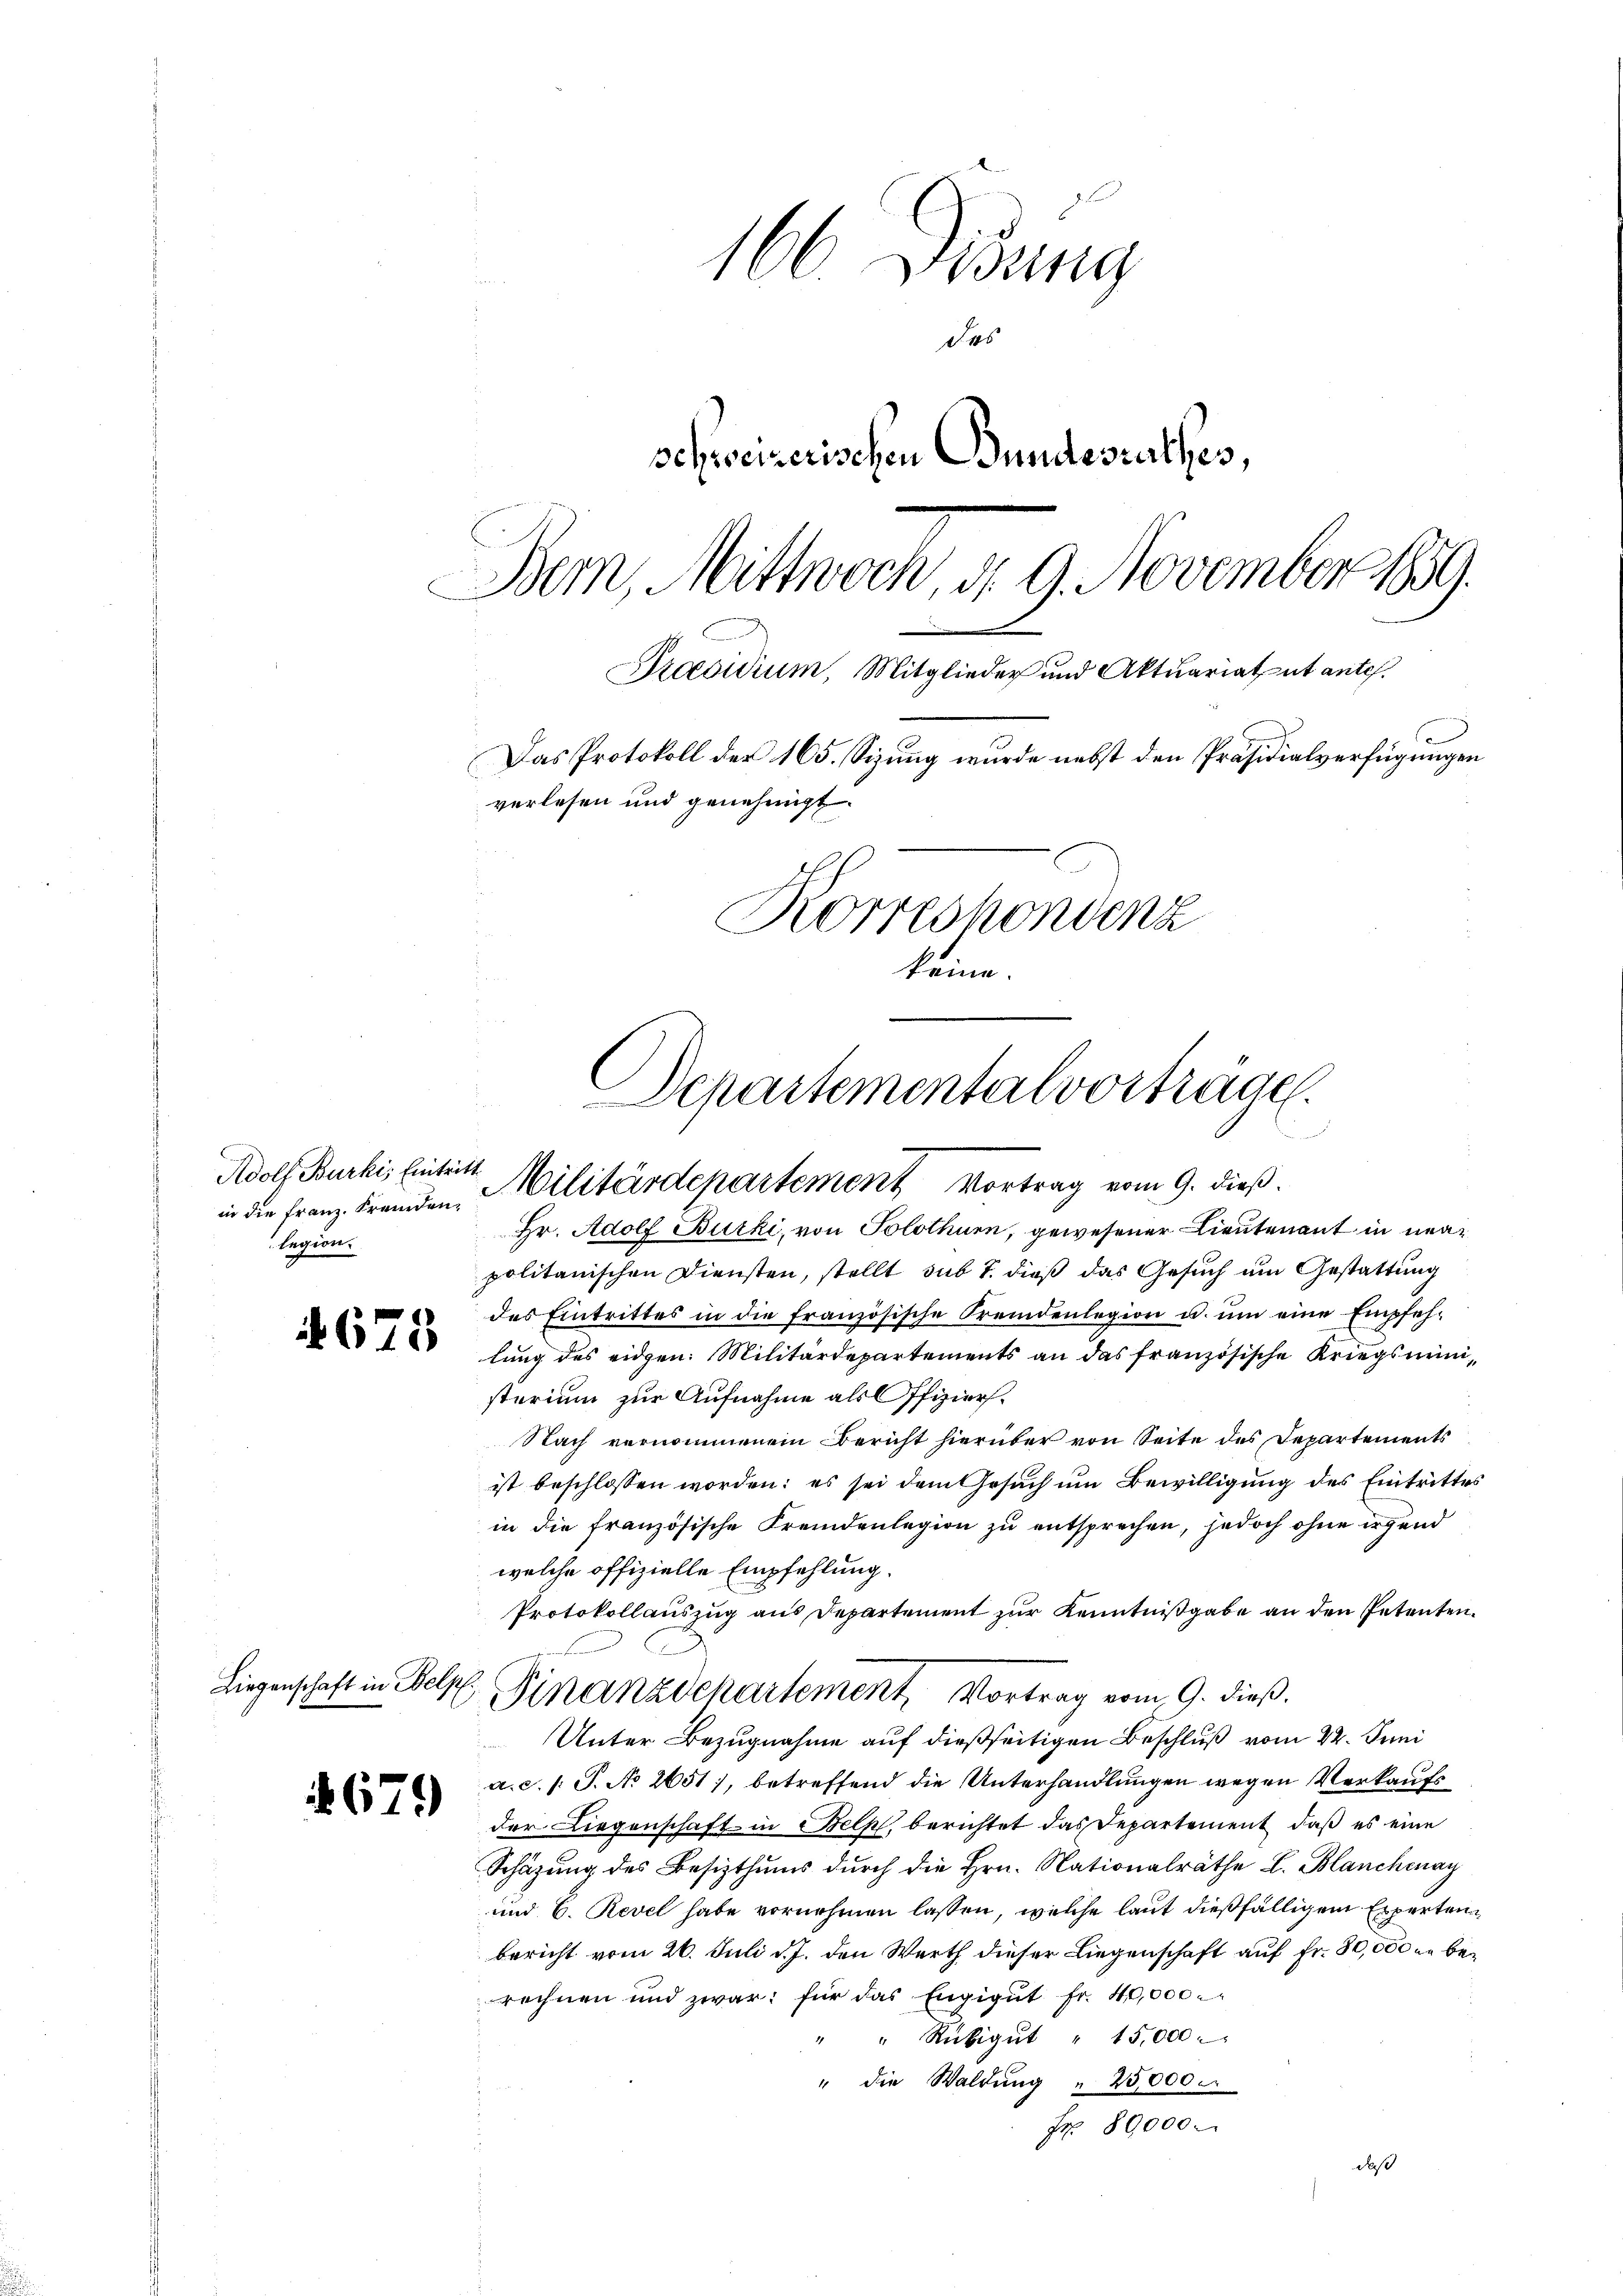
in die Franz. Fremdenlegion.

4675

Liegenschaft in Belp

679

166 Didung
S. 1
schweizerischen Bundesrathes,
Bern, Mittwoch, d. 9. November 1859.
Praesidium, Mitglieder und Aktuariatut ante.
Das Protokoll der 165. Sizung wurde nebst den Präsidialverfügungen
verlesen und genehmigt.
Korreshondenz
keine.

Departemental vorträge.

Adolf Burki, Eintritt. Militärdepartement Vortrag vom 9. dieß.

Hr. Adolf Burki, von Solothurn, gewesener Lieutenant in mapolitanischen Diensten, stellt sub 7. dieß das Gesuch um Gestattung
des Eintrittes in die französische Fremdenlegion u. ŭm eine Empfehlung des eidgen: Militärdepartements an das französische Kriegsministerium zur Aufnahme als Offiziers.
Nach vernommenem Bericht hierüber von Seite des Departements
ist beschlossen worden: es sei dem Gesuch um Bewilligung des Eintrittes
in die französische Fremdenlegion zu entsprechen, jedoch ohne irgend
welche offizielle Empfehlung.
Protokollauszug aus Departement zur Kenntnißgabe an den Petenten.
Finanzdepartement, Vortrag vom 9. dieß.
Unter Bezugnahme auf dießseitigen Beschluß vom 22. Juni
a.c. s. S. No 2651, betreffend die Unterhandlungen wegen Verkaufs
der Liegenschaft in Belph, berichtet das Departement, daß es eine
Schätzung des Besizthums dŭrch die Hrn. Nationalräthe L. Blanchmay
und 6. Revel habe vornehmen lassen, welche laut dießfälligem Experten
bericht vom 26. Juli d. J. den Werth dieser Liegenschaft auf Fr. 80,000 er berechnen und zwar: für das Engigŭt fr. 40,000.
" " Rükigŭt " 15,000
" die Waldung " 25,000.
Fr. 80000.
daß